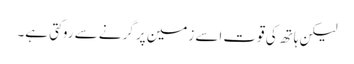
لیکن ہاتھ کی قوت اسے زمین پر گرنے سے روکتی ہے۔